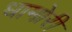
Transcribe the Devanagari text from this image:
धामोरी